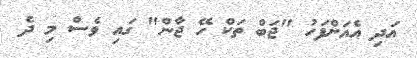
އަދި އެއަށްފަހު "ޖަބް ތަކް ހޭ ޖާން" ގައި ވެސް މި ދެ